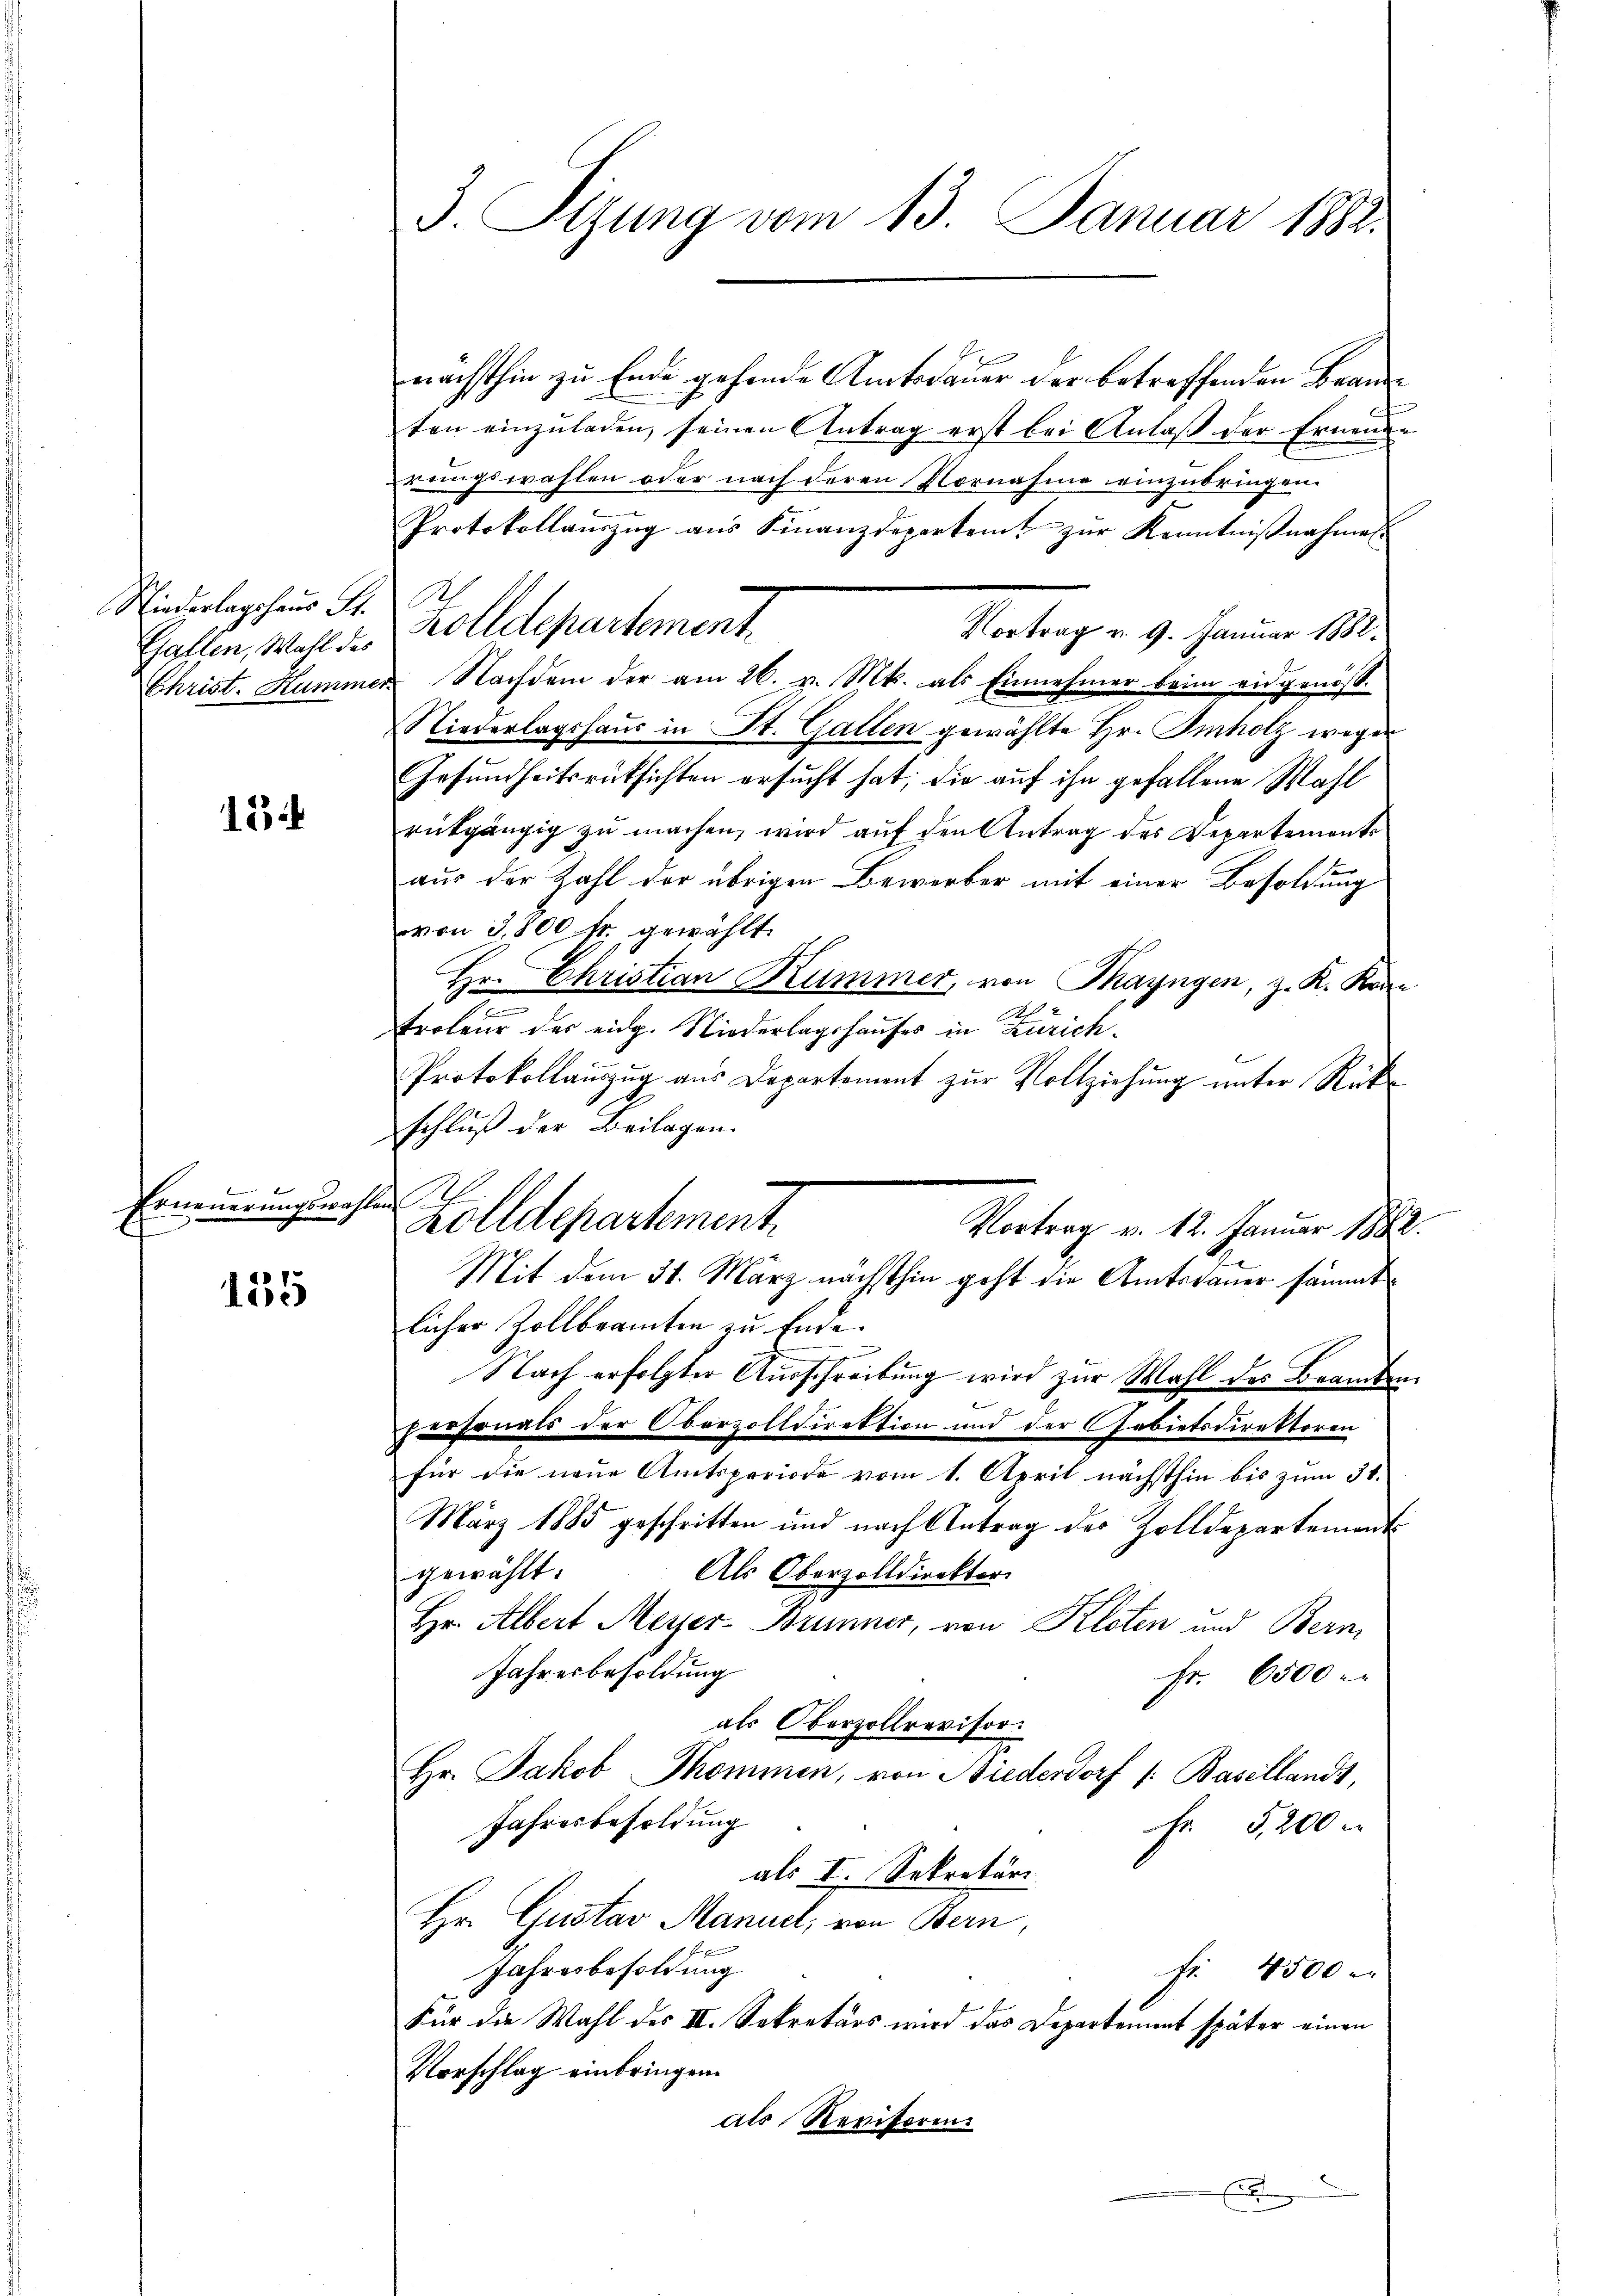
Niederlagshaus St.
Gallen, Wahl des

184

denen
Erneuerungswahl

135

3. Sizung vom 13. Januar 1882.

nächsthin zu Ende gehende Amtsdauer der betreffenden Branten einzuladen, seinen Antrag erst bei Anlaß der Ernenden
rungswahlen oder nach deren Vornahme einzubringen.
Protokollaŭszŭg aŭs Finanzdepartemt zŭr Kenntniβnahme
Vortrag v. 9. Januar 1882.
Christ. Hummer Nachdem der am 26. v. Mts. als Einnehmer beim eidgenöss.
Nieverlagshaus in St. Gallen gewählte Hr. Imholz wegen
Gesundheitsrücksichten ersucht hat; die auf ihn gefallene Wahl
rückgängig zu machen, wird auf den Antrag des Departements
aus der Zahl der übrigen Bewerber mit einer Besoldung
von 3,800 fr. gewählt.
Hr. Christian Kummer, von Thayngen, z. K. Könn
2
A
roteur der eidg. Niederlagshauses in Zürich¬
Protokollanzug aus Departement zur Vollziehung unter Rück-
schluß der Beilagen.
Vortrag v. 12. Januar 1882.
Mit dem 31. März nächsthin geht die Amtsdauer sämmt
licher Zollbeamten zu Ende.
Nach erfolgter Ausschreibung wird zur Wahl des Beamten
Personals der Oberzolldirektion und der Gebietsdirektoren
für die neue Amtsperiode vom 1. April nächsthin bis zum 31.
März 1885 geschritten und nach Antrag der Zolldepartement
Als Oberzolldirekter.
gewählt.
Hr. Albert Meyer-Brunner, von Kloten und Bern,
Jahresbesoldung
Fr. 6500 r.
als Oberzollrevisor
Hr. Jakob Thommen, von Niederdorf /: Basellands,
Jahresbesoldung
Fr. 5200
als I. Sekretär
Hr. Gustav Manuel, von Bern,
Jahresbesoldung
Fr. 4500
Für die Wahl des II. Sekretärs wird das Departement später einen
Vorschlag einbringen.
als Revisoren.

Zolldepartement

zolldepartement.

g

x